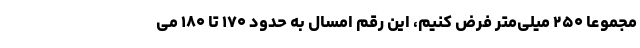
مجموعا ۲۵۰ میلی‌متر فرض کنیم، این رقم امسال به حدود ۱۷۰ تا ۱۸۰ می